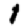
Digit: 1